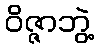
ဝိဇ္ဇာဘွဲ့